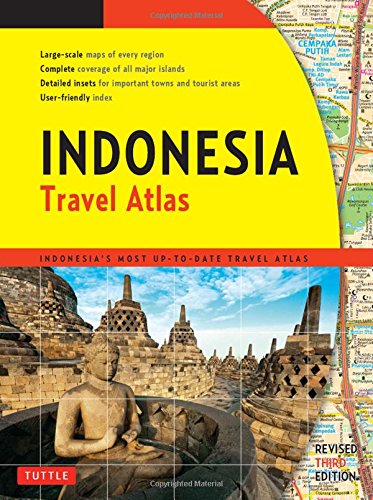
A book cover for Indonesia Travel Atlas Third Edition: Indonesia's Most Up-to-date Travel Atlas; Travel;